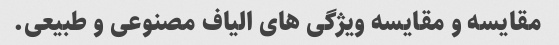
مقایسه و مقایسه ویژگی های الیاف مصنوعی و طبیعی.